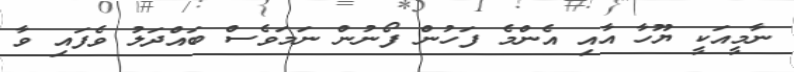
ނާމީއަކީ ޔޫހާ އާއި އެންމެ ފަހުން ފޯނުން ނަމަވެސް ބައްދަލު ވެފައި ވާ